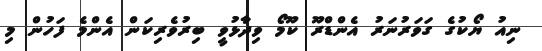
ނިއު ޔޯކުގެ ގަވަރުނަރު އެންޑްރޫ ކޫމޯ ވިދާޅުވީ ބިރުވެރިކަން އެންމެ ފަހުން މި